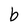
Character: b